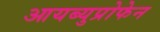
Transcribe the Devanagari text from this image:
आयब्युप्रोफेन